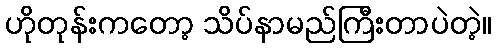
ဟိုတုန်းကတော့ သိပ်နာမည်ကြီးတာပဲတဲ့။